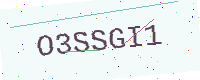
Text: O3SSGI1